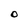
Character: O